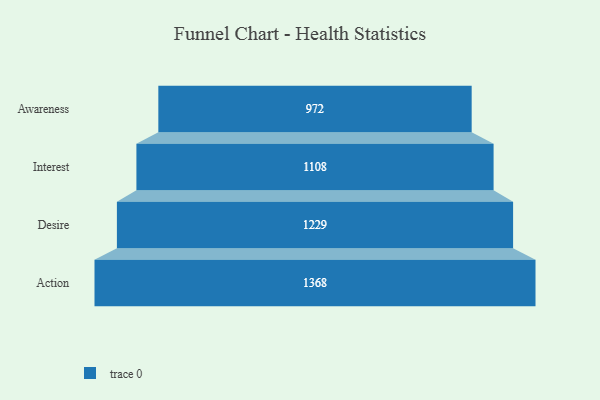
{"axis": {"x": "Stage", "y": "Value"}, "legend": [""], "data": [{"x": "Awareness", "y": 972.0, "type": ""}, {"x": "Interest", "y": 1108.0, "type": ""}, {"x": "Desire", "y": 1229.0, "type": ""}, {"x": "Action", "y": 1368.0, "type": ""}]}